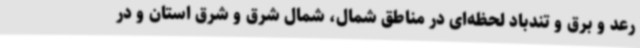
رعد و برق و تندباد لحظه‌ای در مناطق شمال، شمال شرق و شرق استان و در